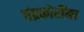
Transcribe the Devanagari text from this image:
चंद्रकोरींना